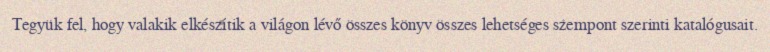
Tegyük fel, hogy valakik elkészítik a világon lévő összes könyv összes lehetséges szempont szerinti katalógusait.